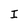
Character: I